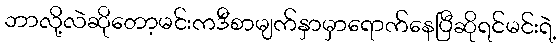
ဘာလို့လဲဆိုတော့မင်းကဒီစာမျက်နှာမှာရောက်နေပြီဆိုရင်မင်းရဲ့